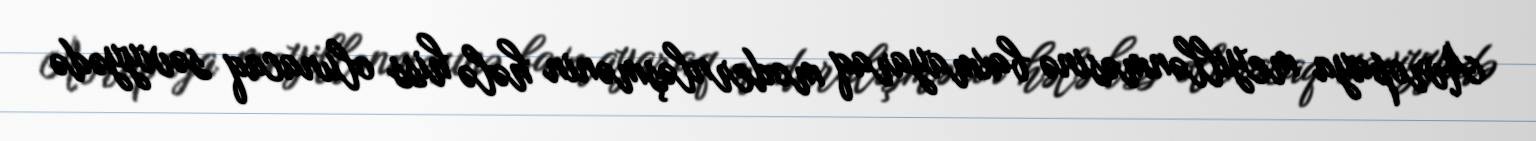
Avropaya meyillənməsinə baxmayaraq modernləşmənin hələ hiss olunacaq səviyyədə